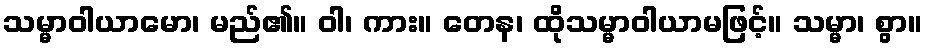
သမ္မာဝါယာမော၊ မည်၏။ ဝါ၊ ကား။ တေန၊ ထိုသမ္မာဝါယာမဖြင့်။ သမ္မာ၊ စွာ။